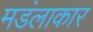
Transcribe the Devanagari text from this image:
मडंलाकार